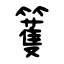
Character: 籆